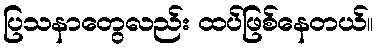
ပြသနာတွေလည်း ထပ်ဖြစ်နေတယ်။